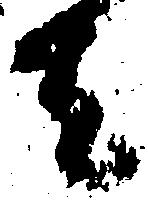
者